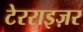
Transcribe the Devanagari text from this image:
टेरराइज़र